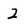
Character: 3